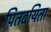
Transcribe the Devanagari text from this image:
पितदयिता